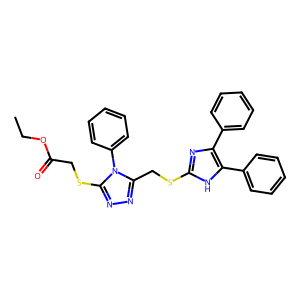
SMILES: CCOC(=O)CSc1nnc(CSc2nc(-c3ccccc3)c(-c3ccccc3)[nH]2)n1-c1ccccc1
Inhibits HIV replication: No